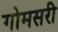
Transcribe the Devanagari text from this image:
गोमसरी